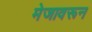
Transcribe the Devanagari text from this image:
मेजावरून